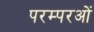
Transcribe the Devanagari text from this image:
परम्परओं